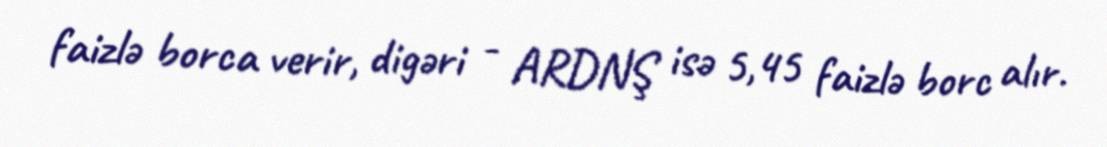
faizlə borca verir, digəri - ARDNŞ isə 5,45 faizlə borc alır.